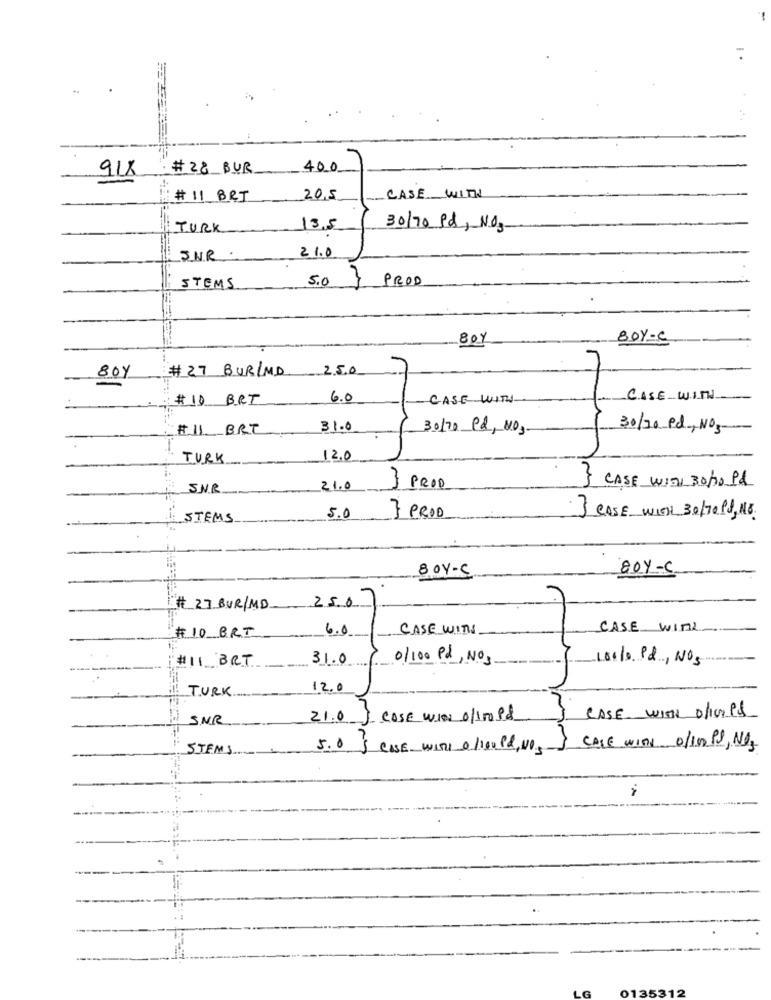
#28 BUR
400
918
# 11 BRI
20.5
-CASE WITH
TURK
13.5
30/70 Pd, NO3
21.0
SNR.
5.0
} PROD
STEMS
80%
BOY-C
# 27 BUR/MD
2.5.0
80Y
# 10 BRI
6.0
CASE WITH
CASE WITH
#II. BRT
31.0
30/70 PQ, NO3-
30/20 Pd, NO3
TURK
12.0
SNR
21.0
} PROD
} CASE WITH 30/0 91
STEMS
5.0
3 CASE WITH 30/70 PS, 18
80Y-C
8 OY-S
# 27.BUR/MD
25.0
6.0
CASE WITH
CASE wink
#10 BRT
#11 BRT
31.0
0/100 Pd, NO3
10110 Pd, NOS
TURK
12.0
SNR
21.0 J CASE WINS 0/100 Pd
CASE WITH OPPS
STEMS
5.0 } CASE WITH 0 /100 P&, NO.
CASE wind 0/100 PS, NO3
LG
0135312